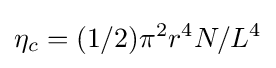
\eta _{c}=(1/2)\pi ^{2}r^{4}N/L^{4}